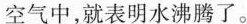
空气中，就表明水沸腾了。